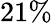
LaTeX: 21\%